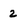
Character: 2